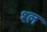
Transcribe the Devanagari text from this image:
श्‍ल